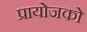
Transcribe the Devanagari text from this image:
प्रायोजको